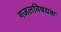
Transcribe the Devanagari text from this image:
गजलविषयक